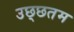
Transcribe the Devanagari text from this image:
उछ्छतम